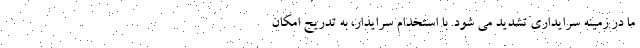
ما در زمینه سرایداری تشدید می شود. با استخدام سرایدار، به تدریج امکان